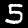
Label: 5